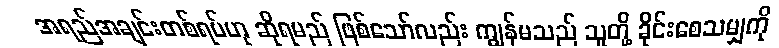
အရည်အချင်းတစ်ရပ်ဟု ဆိုရမည် ဖြစ်သော်လည်း ကျွန်မသည် သူတို့ ခိုင်းစေသမျှကို